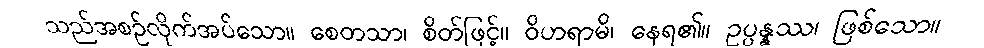
သည်အစဉ်လိုက်အပ်သော။ စေတသာ၊ စိတ်ဖြင့်။ ဝိဟရာမိ၊ နေရ၏။ ဥပ္ပန္နဿ၊ ဖြစ်သော။